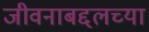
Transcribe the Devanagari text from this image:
जीवनाबद्दलच्या